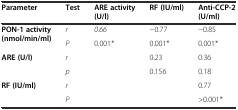
<table><thead><tr><td><b>Parameter</b></td><td><b>Test</b></td><td><b>ARE activity (U/l)</b></td><td><b>RF (IU/ml)</b></td><td><b>Anti-CCP-2 (U/ml)</b></td></tr></thead><tbody><tr><td rowspan="2"><b>PON-1 activity (nmol/min/ml)</b></td><td><i>r</i></td><td><i>0.66</i></td><td>−0.77</td><td>−0.85</td></tr><tr><td><i>P</i></td><td>0.001<i>*</i></td><td>0.001*</td><td>0.001*</td></tr><tr><td rowspan="2"><b>ARE (U/l)</b></td><td><i>r</i></td><td></td><td>0.23</td><td>0.36</td></tr><tr><td><i>p</i></td><td></td><td>0.156</td><td>0.18</td></tr><tr><td rowspan="2"><b>RF (IU/ml)</b></td><td><i>r</i></td><td></td><td></td><td>0.77</td></tr><tr><td><i>P</i></td><td></td><td></td><td>&gt;0.001*</td></tr></tbody></table>